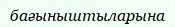
бағыныштыларына